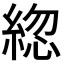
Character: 𦁕